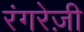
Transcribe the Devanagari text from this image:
रंगरेज़ी